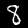
Digit: 8